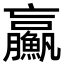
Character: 𩼊